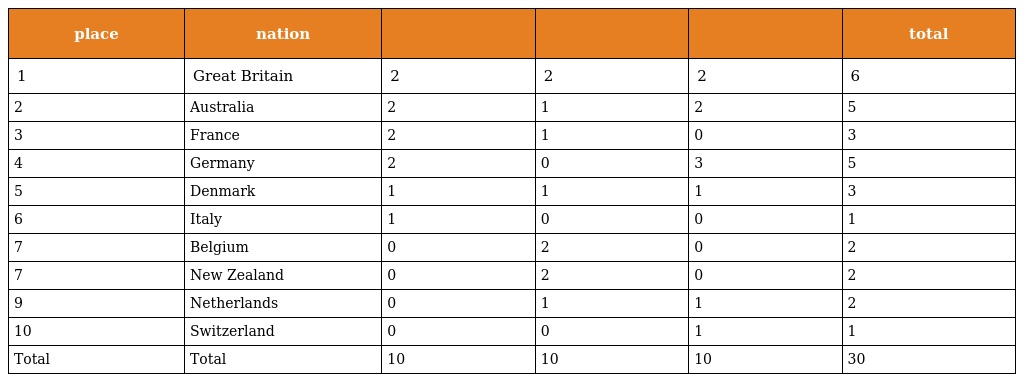
| place | nation |  |  |  | total |
 | --- | --- | --- | --- | --- | --- |
 | 1 | Great Britain | 2 | 2 | 2 | 6 |
 | 2 | Australia | 2 | 1 | 2 | 5 |
 | 3 | France | 2 | 1 | 0 | 3 |
 | 4 | Germany | 2 | 0 | 3 | 5 |
 | 5 | Denmark | 1 | 1 | 1 | 3 |
 | 6 | Italy | 1 | 0 | 0 | 1 |
 | 7 | Belgium | 0 | 2 | 0 | 2 |
 | 7 | New Zealand | 0 | 2 | 0 | 2 |
 | 9 | Netherlands | 0 | 1 | 1 | 2 |
 | 10 | Switzerland | 0 | 0 | 1 | 1 |
 | Total | Total | 10 | 10 | 10 | 30 |